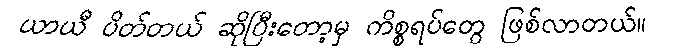
ယာယီ ပိတ်တယ် ဆိုပြီးတော့မှ ကိစ္စရပ်တွေ ဖြစ်လာတယ်။